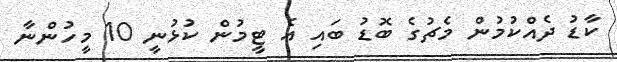
ކާޑު ދެއްކުމުން މެޗުގެ ބޮޑު ބައި އެ ޓީމުން ކުޅުނީ 10 މީހުންނާ